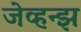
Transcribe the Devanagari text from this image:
जेव्हन्झ